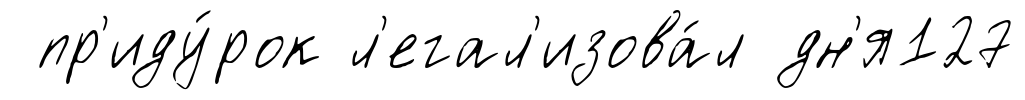
пр'иду́рок л'егал'изова́л дн'я127